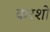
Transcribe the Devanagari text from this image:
करशो